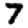
Digit: 7